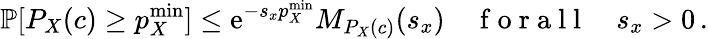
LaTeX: \mathbb{P}[P_{X}(c)\geq p_{X}^{\mathrm{min}}]\leq\mathrm{e}^{-s_{x}p_{X}^{\mathrm{min}}}M_{P_{X}(c)}(s_{x})\quad\mathrm{~f~o~r~a~l~l~}\quad s_{x}>0\, .